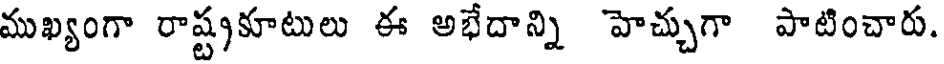
ముఖ్యంగా రాష్ట్రకూటులు ఈ అభేదాన్ని హెచ్చుగా పాటించారు.